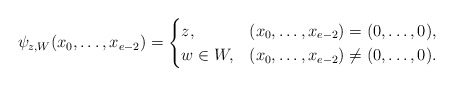
\begin{align*}\psi_{z, W}(x_0, \ldots, x_{e-2})=\begin{cases}z, & (x_0, \ldots, x_{e-2})=(0, \ldots, 0),\\w\in W, & (x_0, \ldots, x_{e-2})\neq (0, \ldots, 0).\end{cases}\end{align*}